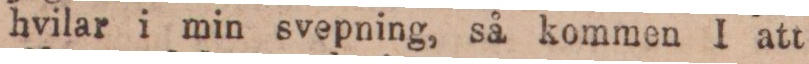
hvilar i min svepning, så kommen I att